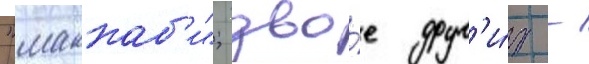
"маккаб'и"; дво́е друг'и́х -